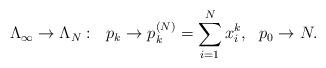
LaTeX: \begin{align*} \Lambda_\infty \rightarrow \Lambda_N :\ \ p_k\rightarrow p_k^{(N)}=\sum_{i=1}^N x_i^k,\ \ p_0\rightarrow N.\end{align*}